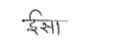
मजकूर: ईसा